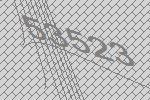
53523